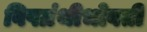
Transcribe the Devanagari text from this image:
विषग्रंथीभोवती